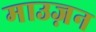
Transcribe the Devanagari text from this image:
माउज़न